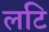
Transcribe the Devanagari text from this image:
लटि